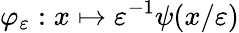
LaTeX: \varphi_{\varepsilon}:x\mapsto\varepsilon^{-1}\psi(x/\varepsilon)